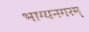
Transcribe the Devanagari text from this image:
भाग्यनगरम्